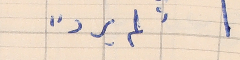
"لم يرد"